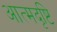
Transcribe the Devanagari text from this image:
आत्मदृष्टि